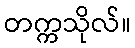
တက္ကသိုလ်။